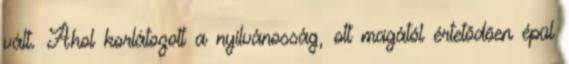
vált. Ahol korlátozott a nyilvánosság, ott magától értetõdõen épül